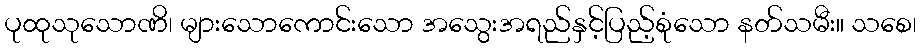
ပုထုသုသောဏိ၊ များသောကောင်းသော အသွေးအရည်နှင့်ပြည့်စုံသော နတ်သမီး။ သစေ၊